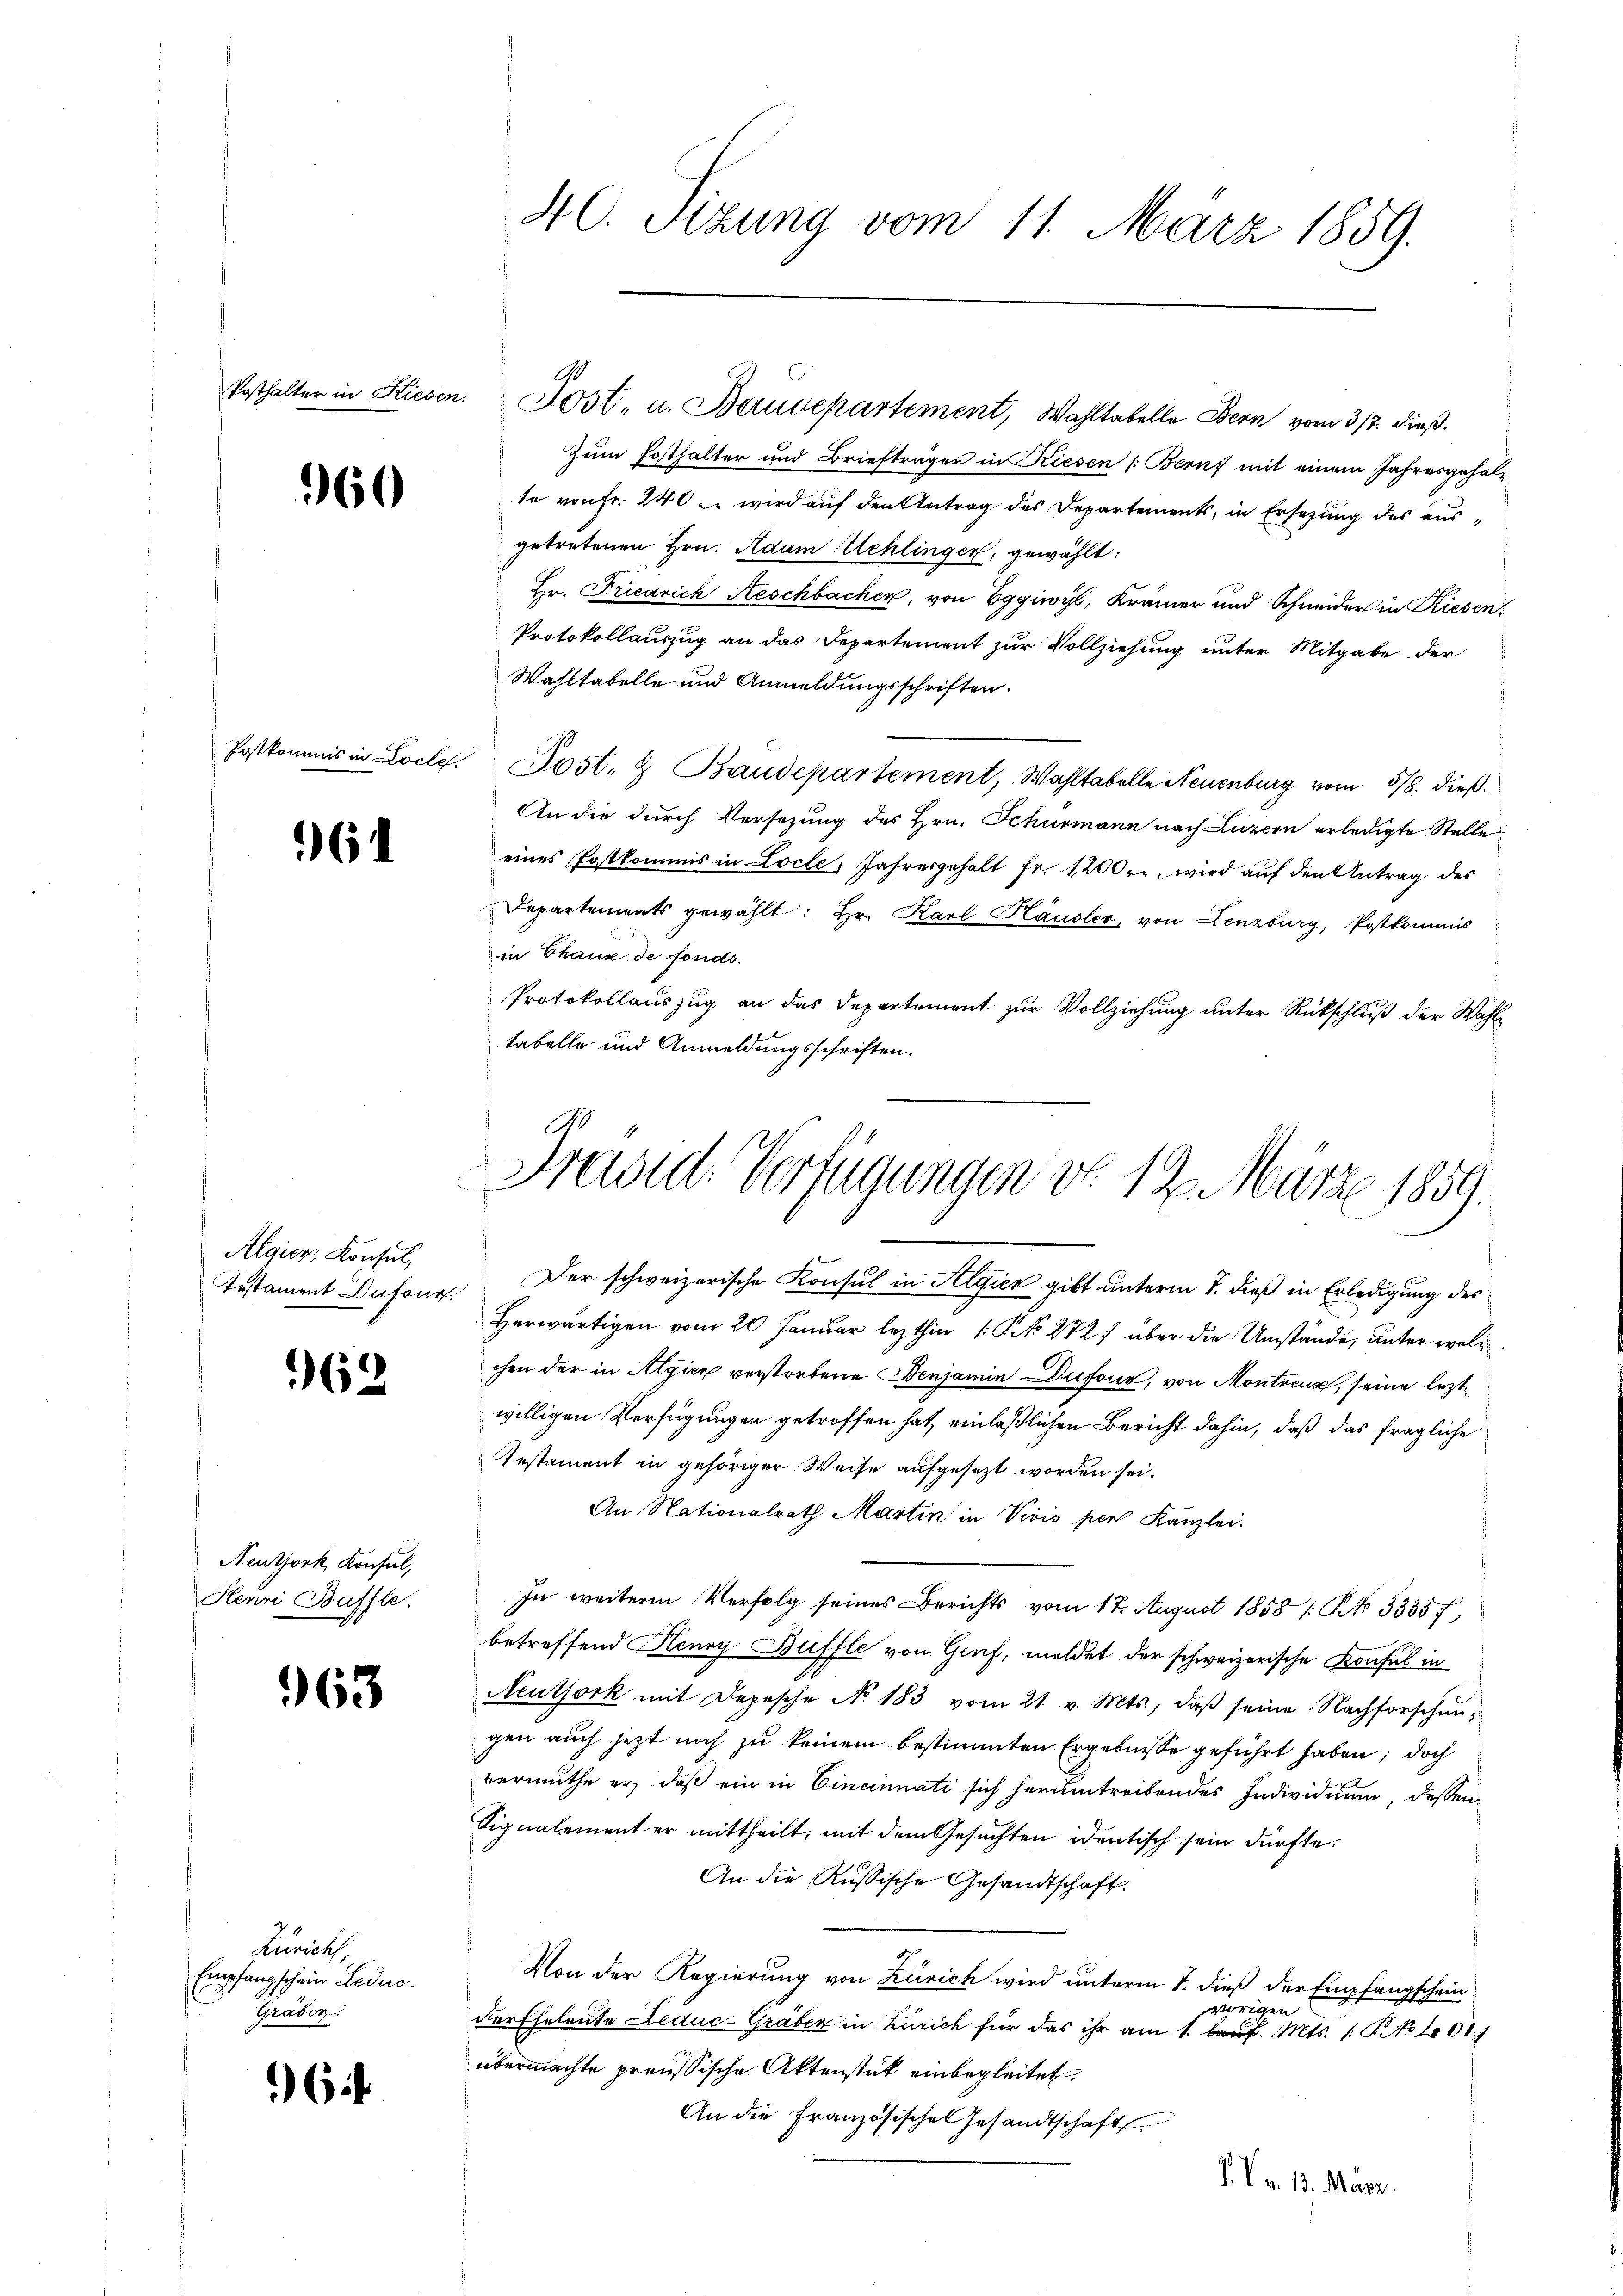
960

61

Algier, Konsul,
Testament Dufour.

962.

Neutjork, Konsul,
Heuri Buffle.

963

Zuricht,
Empfangschein Ledus¬
Graben.

6

40. Sizung vom 11. März 1859.

Posthalter in Kiesen. Post, u. Baudepartement, Wahltabelle Bern vom 317. dieß.

Zum Posthalter und Briefträger in Riesen (Bernf mit einem Jahresgehalte von fr. 240 u. wird auf den Antrag des Departements, in Ersetzung des ausgetretenen Hrn. Adam Schlinger, gewählt:
Hr. Friedrich Aeschbacher, von Eggiwyl, Krämer und Schneider in Riesen.
Protokollauszug an das Departement zur Vollziehung unter Mitgabe der
Wahltabelle und Anmeldungsschriften.
Postkommis in Locle. Post- & Baudepartement, Wahltabelle Neuenburg vom 518. dieß
An die durch Versetzung des Hrn. Schurmann nach Luzern erledigte Stelle
eines Postkommis in Locle, Jahresgehalt fr. 1200. r, wird auf den Antrag des
Departements gewählt: Hr. Karl Häusler, von Lenzburg, Postkommis
in Chaus de fonds.
Protokollauszug an das Departement zur Vollziehung unter Rückschluß der Wahltabelle und Anmeldungsschriften.

Fravit Verfügungen d. 12. März 1859.

Der schweizerische Consul in Algien gibt unterm 7. dieß in Erledigung des
Herwärtigen vom 20. Januar lezthin 1. No 272) über die Umstände, unter welc
chen der in Algien verstorbene Benjamin Dufour, von Montreux, seine leztwilligen Verfügungen getroffen hat, einlaßlichen Bericht dahin, daß das fragliche
Testament in gehöriger Weise aufgesezt worden sei.
An Nationalrath Martin in Vivis pers Kanzlei.
In weitere Verfolg seines Berichts vom 17. August 1858 /: No 5335 f
betreffend Henry Buffte von Gruf, meldet der schweizerische Konsul in
Meuthork mit Depesche No. 183 vom 21. v. Mts., daβ seine Nachforschengen auch jezt noch zu keinem bestimmten Ergebnisse geführt haben; doch
vermuthe er, daß ein in Cincinnati sich herumtreibendes Individuum, dessen
Signalement er mittheilt, mit dem Gesuchten identisch sein dürfte.
An die Russische Gesandtschaft.
Von der Regierung von Zürich wird unterm 7. dieß der Empfangschein
vorigen
der Eheleute Leduc-Gräber in Zürich für das ihr am 1. d. Mts. 1. No 101
übermachte preussische Aktenstück einbegleitet.
An die Französische Gesandtschaft
V v. 13. März.